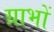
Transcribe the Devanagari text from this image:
ग्राभों